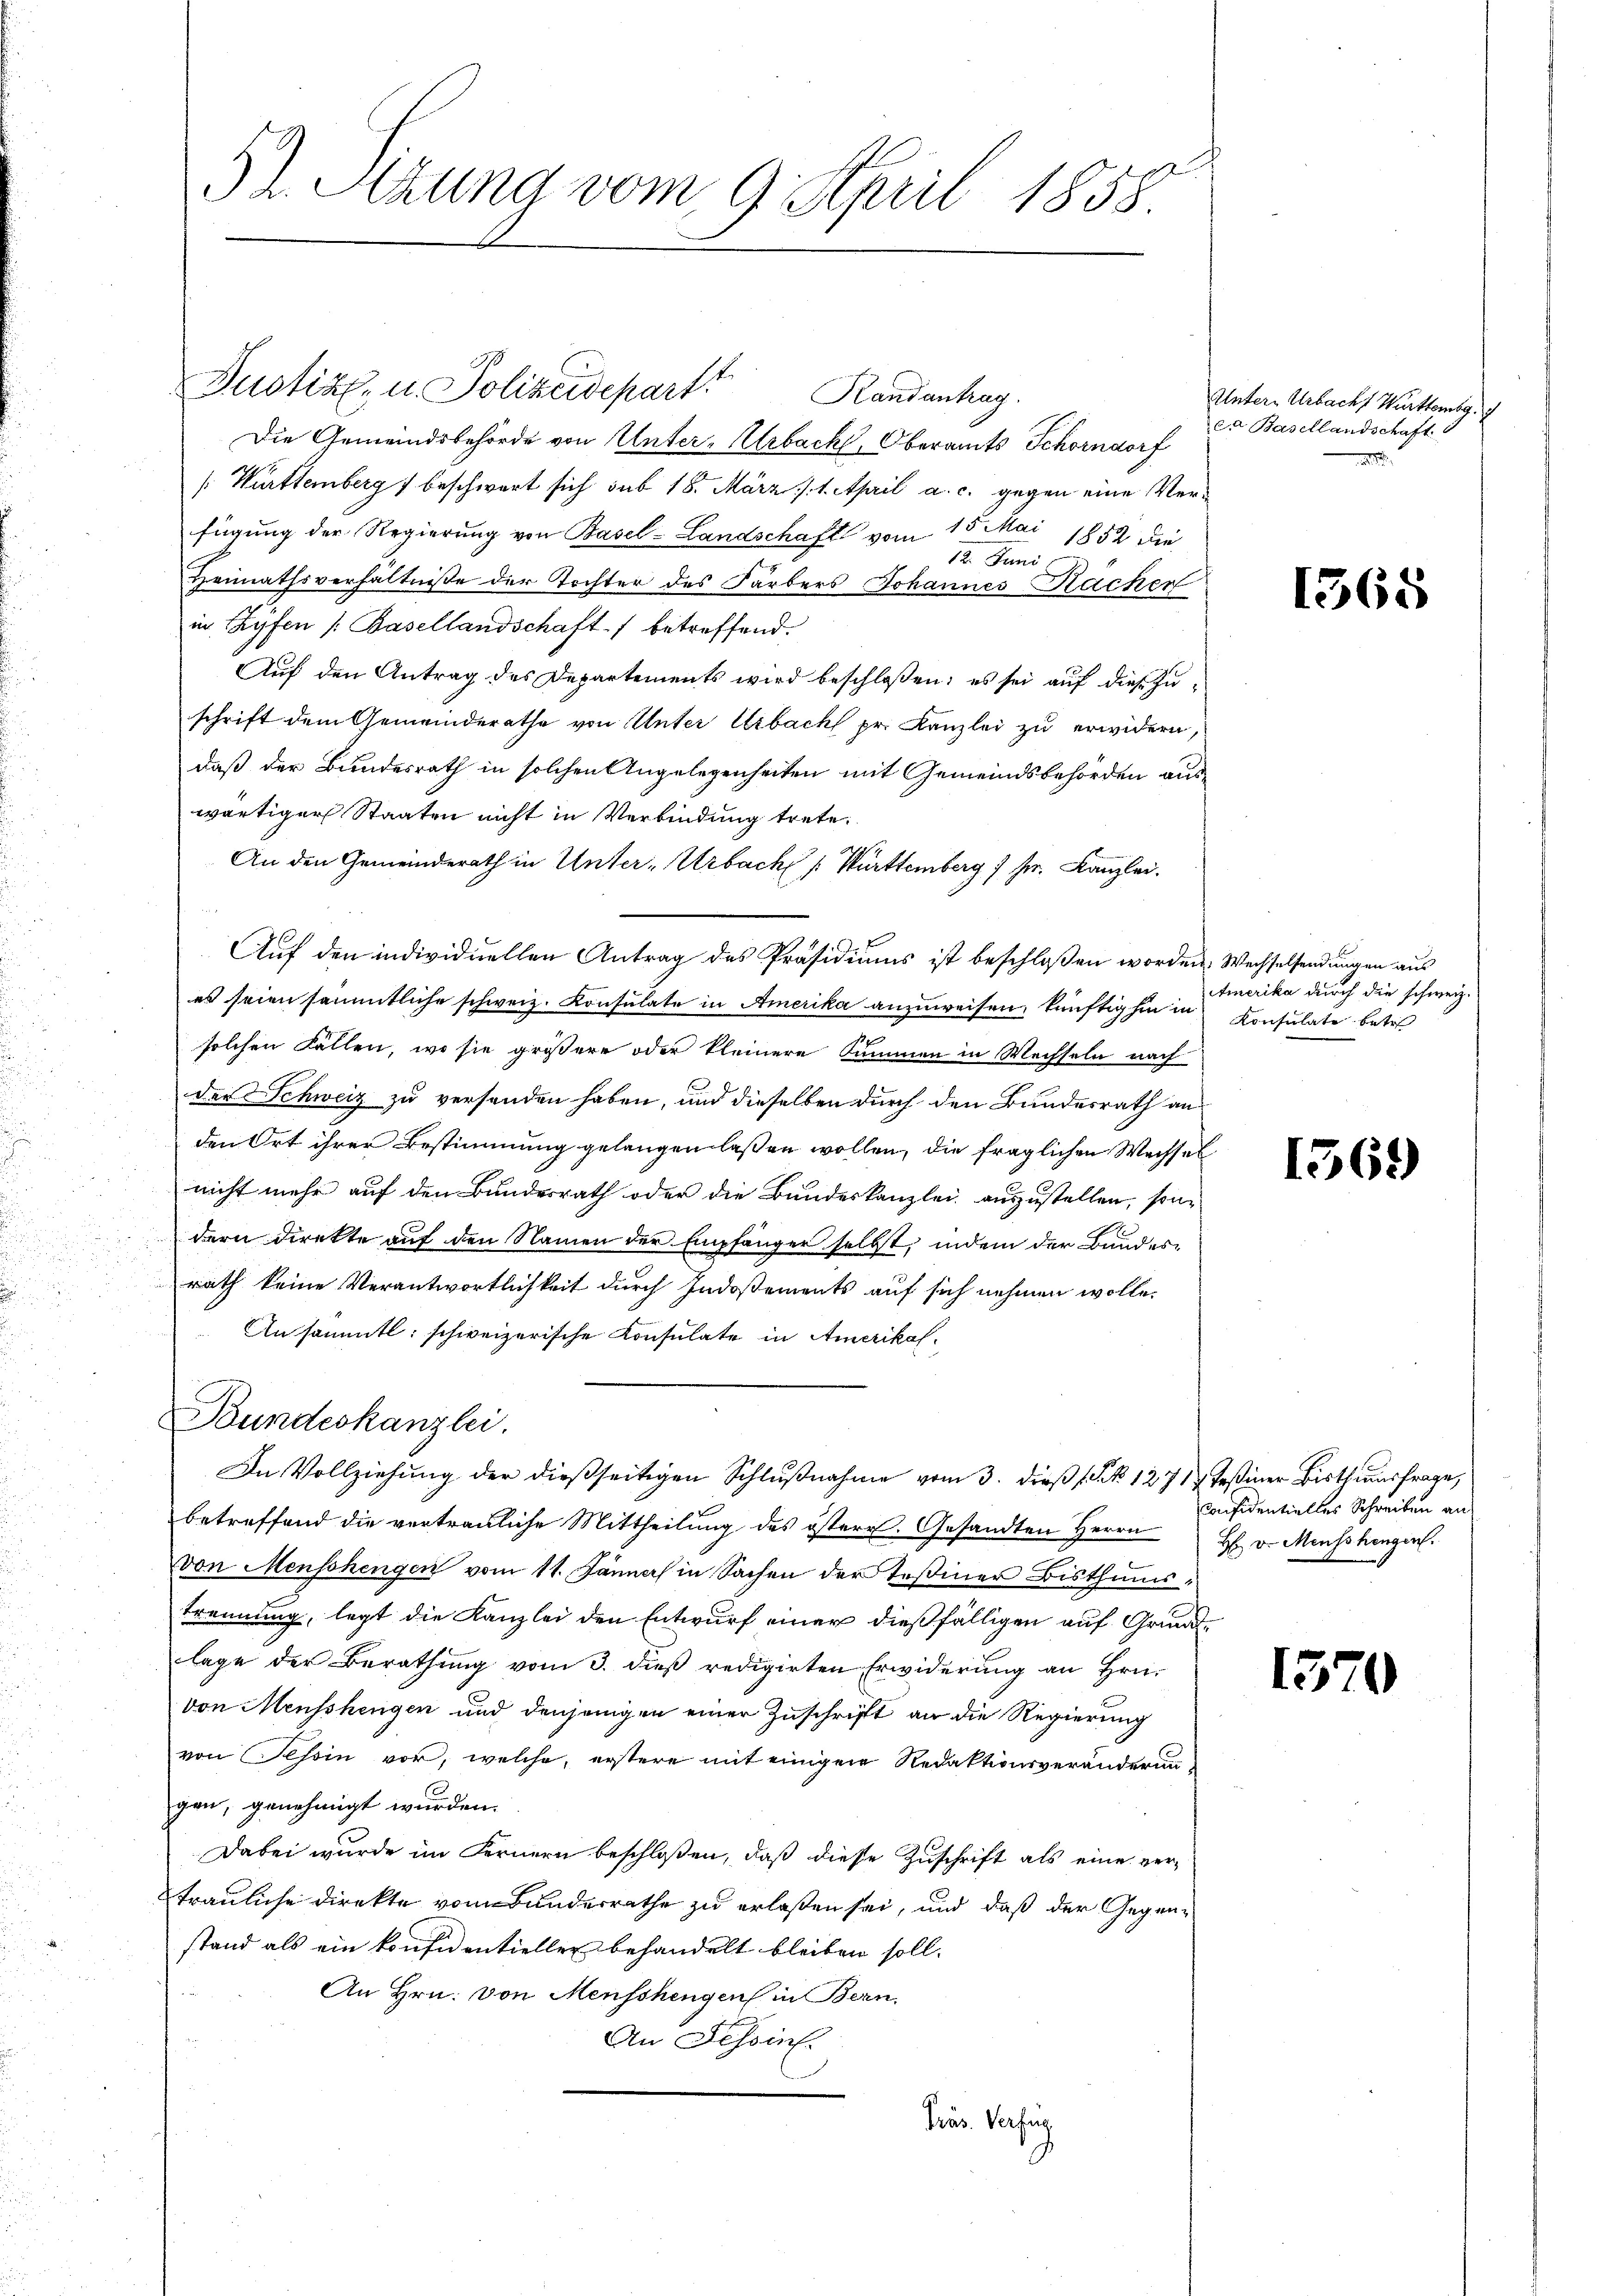
52. Sizung vom 9. April 1858.

Justiz, u. Polizeidepart
Randantrag.
Die Gemeindsbehörde von Unter-Urbach, Oberamts Schorndorf
[Württemberg  beschwert sich sub 18. März /: 1. April a. c. gegen eine Ver-
fügung der Regierung von Basel-Landschaft vom 15. Mai 1852 die
12. Juni
Heimathsverhältnisse der Tochter des Färbers Johannes Sacher
in Lyfen (Basellandschaft betreffend.
Auf den Antrag des Departements wird beschloßen; es sei auf diese Zuschrift dem Gemeinderathe von Unter libach pr. Kanzlei zu erwidern,
daß der Bundesrath in solchen Angelegenheiten mit Gemeindsbehörden auswärtiger Staaten nicht in Verbindung trete.
An den Gemeinderath in Unter-Urbach /: Württemberg 7 Fr. Kanzlei.
Auf den individuellen Antrag des Präsidiums ist beschloßen worden. Wechselsendungen aus
es seien sämmtliche schweiz. Konsulate in Amerika anzuweisen, künftighin in Konsulate betr
solchen Fällen, wo sie größere oder kleinere Summen in Wechseln nach
der Schweiz zu versenden haben, und dieselben durch den Bundesrath an
den Ort ihrer Bestimmung gelangen lassen wollen, die fraglichen Wechsel
nicht mehr auf den Bundesrath oder die Bundeskanzlei auszustellen, sondern direkte auf den Namen der Empfänger selbst, indem der Bundesrath keine Verantwortlichkeit durch Indosements auf sich nehmen wolle.
An sämmtl: schweizerische Konsulate in Amerikas¬
Bundeskanzlei.
In Vollziehung der dießseitigen Schlußnahme vom 3. dieß ( No 1271, Teßiner Bisthumsfrage,
betreffend die vertrauliche Mittheilung des österr. Gesandten Herrn
von Menschengen vom 11. Jänners in Sachen der Teßiner Bisthums-
trennung, legt die Kanzlei den Entwurf einer dießfälligen auf Grundlage der Berathung vom 3. dieß redigirten Erwiderung an Hrn.
von Mensshingen und denjenigen einer Zuschrift an die Regierung
von Tessin vor, welche, erstere mit einigen Redaktionsveränderun-
gen, genehmigt wurden.
Dabei wurde im Fernern beschloßen, daß diese Zuschrift als eine ver-
trauliche Direkte vom Bunderrathe zu erlaßen sei, und daß der Gegen-
stand als ein konfidentieller behandelt bleiben soll.
An Hrn. von Menschengen in Bern.
An Tessin.
Präs. Verfüg

Untere Urbachs Württember.
er Basellandschaft
 1

1368

Amerika durch die schweiz.

1361)

Considentielles Schreiben an
H v. Menschengen.

15

¬